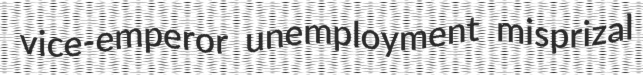
vice-emperor unemployment misprizal